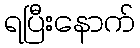
ရပြီးနောက်